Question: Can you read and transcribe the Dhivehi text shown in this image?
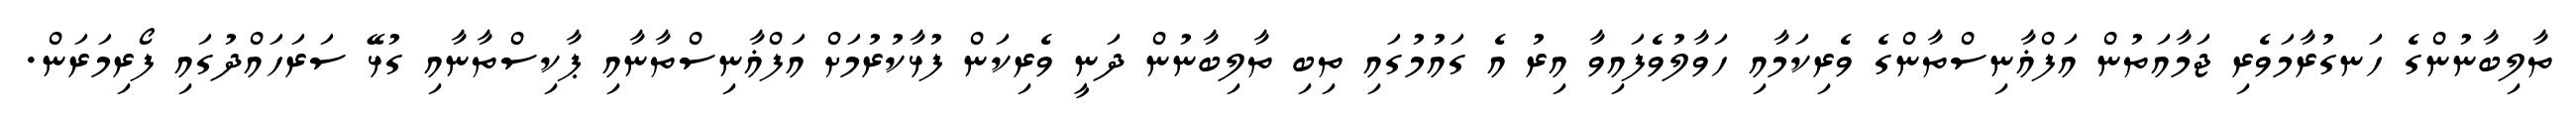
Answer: ތާލިބާނުންގެ ހަނގުރާމަވެރި ޖަމާއަތުން އަފްޣާނިސްތާންގެ ވެރިކަމާއި ހަވާލުވެފައިވާ އިރު އެ ގައުމުގައި ތިބި ތާލިބާނުން ދަނީ ވެރިކަން ފުޅާކުރުމަށް އަފްޣާނިސްތާނާއި ޕާކިސްތާނާއި ގުޅޭ ސަރަހައްދުގައި ފޯރިމަރަން.